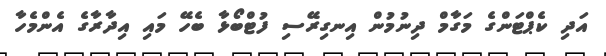
އަދި ކެޕްޓަންގެ މަގާމް ދިނުމުން އިނގިރޭސި ފުޓްބޯޅާ ބެހޭ މައި އިދާރާގެ އެންމެހާ